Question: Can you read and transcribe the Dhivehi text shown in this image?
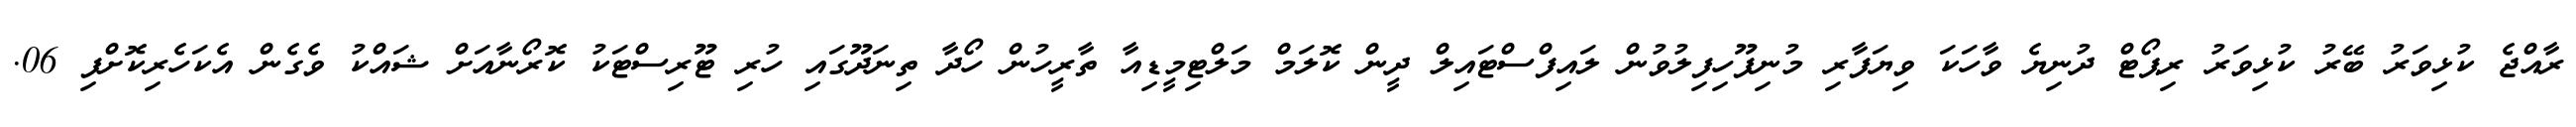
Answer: ރާއްޖެ ކުޅިވަރު ބޭރު ކުޅިވަރު ރިޕޯޓް ދުނިޔެ ވާހަކަ ވިޔަފާރި މުނިފޫހިފިލުވުން ލައިފްސްޓައިލް ދީން ކޮލަމް މަލްޓިމީޑިއާ ތާރީހުން ހޯދާ ތިނަދޫގައި ހުރި ޓޫރިސްޓަކު ކޮރޯނާއަށް ޝައްކު ވެގެން އެކަހެރިކޮށްފި 06.